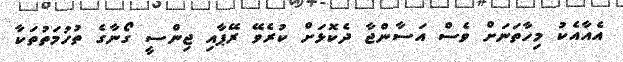
އެއާއެކު މިހާތަނަށް ވެސް އަސާންޖާ ދެކޮޅަށް ކުރެވޭ ރޭޕާއި ޖިންސީ ގޯނާގެ ތުހުމަތުތަކާ